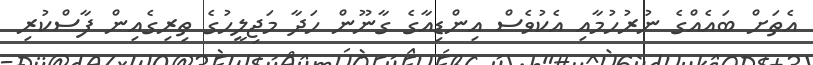
އެތަށް ބައެއްގެ ނުރުހުމާއި އެކުވެސް އިންޑިއާގެ ގާނޫން ހަދާ މަޖިލީހުގެ ތިރިގެއިން ފާސްކުރި